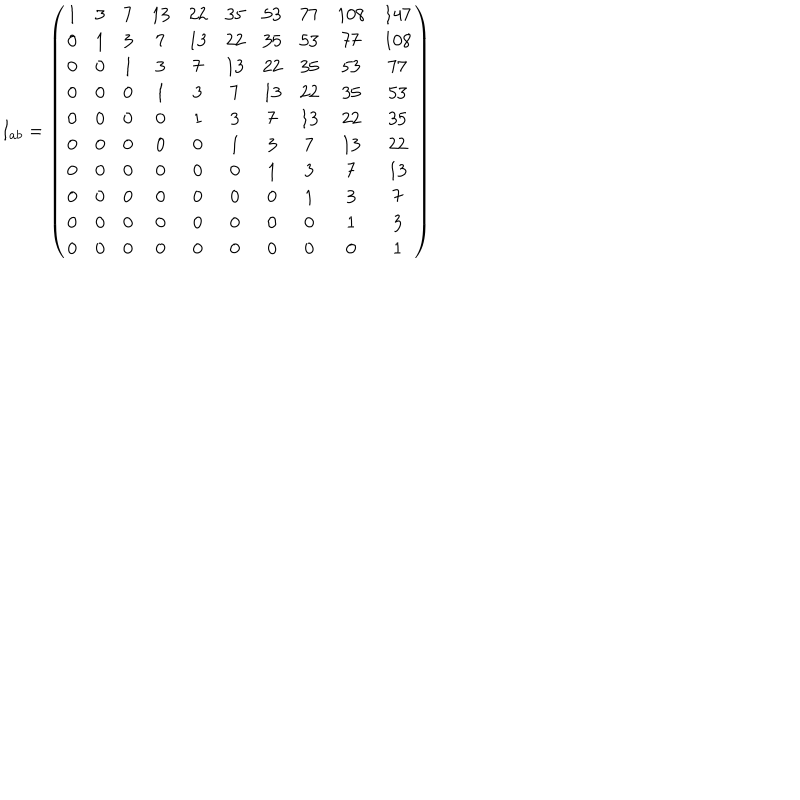
LaTeX: I _ { a b } = \left( \begin{matrix} { { 1 } } & { { 3 } } & { { 7 } } & { { 1 3 } } & { { 2 2 } } & { { 3 5 } } & { { 5 3 } } & { { 7 7 } } & { { 1 0 8 } } & { { 1 4 7 } } \\ { { 0 } } & { { 1 } } & { { 3 } } & { { 7 } } & { { 1 3 } } & { { 2 2 } } & { { 3 5 } } & { { 5 3 } } & { { 7 7 } } & { { 1 0 8 } } \\ { { 0 } } & { { 0 } } & { { 1 } } & { { 3 } } & { { 7 } } & { { 1 3 } } & { { 2 2 } } & { { 3 5 } } & { { 5 3 } } & { { 7 7 } } \\ { { 0 } } & { { 0 } } & { { 0 } } & { { 1 } } & { { 3 } } & { { 7 } } & { { 1 3 } } & { { 2 2 } } & { { 3 5 } } & { { 5 3 } } \\ { { 0 } } & { { 0 } } & { { 0 } } & { { 0 } } & { { 1 } } & { { 3 } } & { { 7 } } & { { 1 3 } } & { { 2 2 } } & { { 3 5 } } \\ { { 0 } } & { { 0 } } & { { 0 } } & { { 0 } } & { { 0 } } & { { 1 } } & { { 3 } } & { { 7 } } & { { 1 3 } } & { { 2 2 } } \\ { { 0 } } & { { 0 } } & { { 0 } } & { { 0 } } & { { 0 } } & { { 0 } } & { { 1 } } & { { 3 } } & { { 7 } } & { { 1 3 } } \\ { { 0 } } & { { 0 } } & { { 0 } } & { { 0 } } & { { 0 } } & { { 0 } } & { { 0 } } & { { 1 } } & { { 3 } } & { { 7 } } \\ { { 0 } } & { { 0 } } & { { 0 } } & { { 0 } } & { { 0 } } & { { 0 } } & { { 0 } } & { { 0 } } & { { 1 } } & { { 3 } } \\ { { 0 } } & { { 0 } } & { { 0 } } & { { 0 } } & { { 0 } } & { { 0 } } & { { 0 } } & { { 0 } } & { { 0 } } & { { 1 } } \\ \end{matrix} \right)